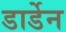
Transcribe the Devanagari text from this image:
डार्डेन